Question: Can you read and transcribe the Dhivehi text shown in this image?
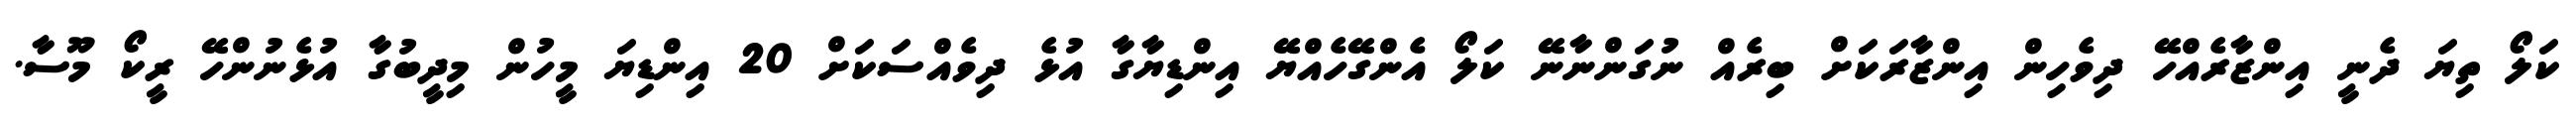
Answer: ކަލޯ ތިޔަ ދެނީ އިންޒާރެއްހޭ ދިވެހިން އިންޒާރަކަށް ބިރެއް ނުގަންނާނޭ ކަލޯ އެންގޭހެއްޔޭ އިންޑިޔާގާ އުޅެ ދިވެއްސަކަށް 20 އިންޑިޔަ މީހުން މިދީބުގާ އުޅެނުންހޭ ރީކޯ މޫސާ.